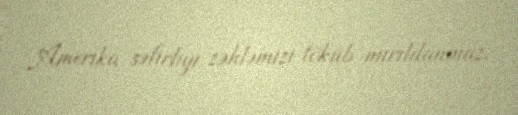
Amerika səfirliyi zəhləmizi töküb mırıldanmaz.